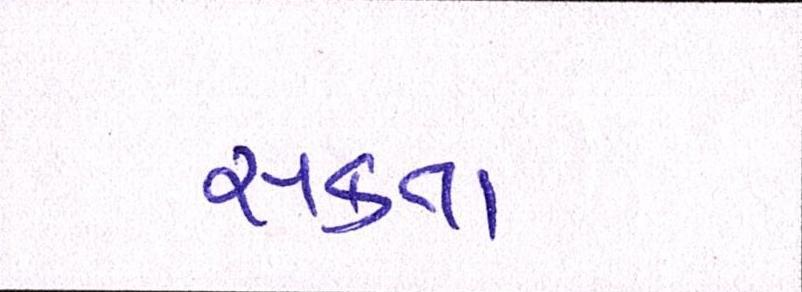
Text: સકતા